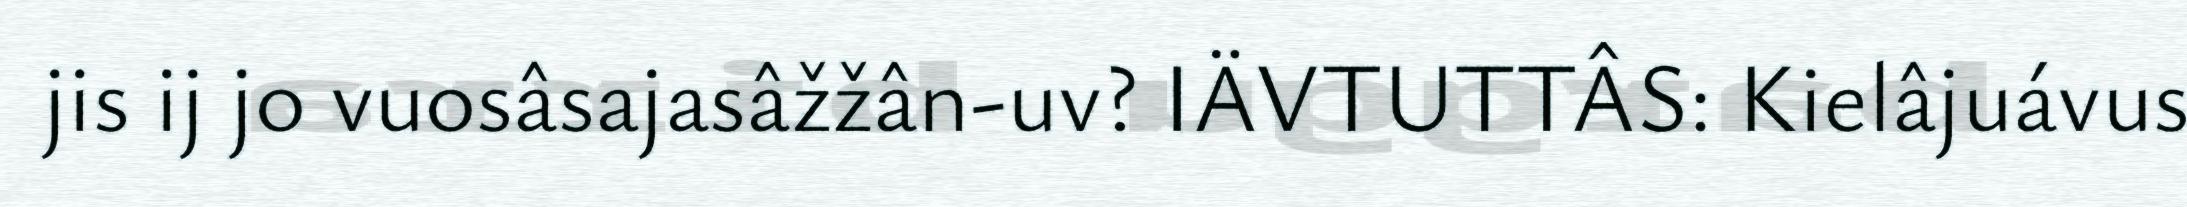
jis ij jo vuosâsajasâžžân-uv? IÄVTUTTÂS: Kielâjuávus